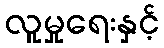
လူမှုရေးနှင့်